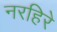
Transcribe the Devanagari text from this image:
नरहिरे